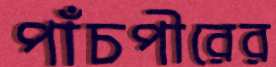
পাঁচপীরের